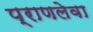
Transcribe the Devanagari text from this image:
प्राणलेवा